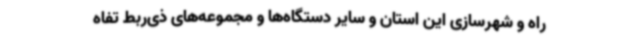
راه و شهرسازی این استان و سایر دستگاه‌ها و مجموعه‌های ذی‌ربط تفاه